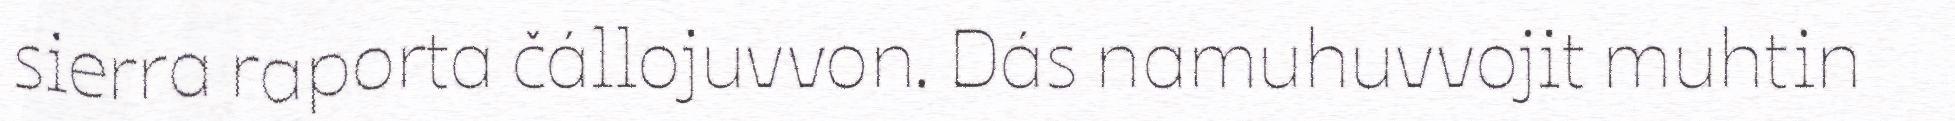
sierra raporta čállojuvvon. Dás namuhuvvojit muhtin